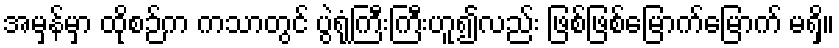
အမှန်မှာ ထိုစဉ်က ကသာတွင် ပွဲရုံကြီးကြီးဟူ၍လည်း ဖြစ်ဖြစ်မြောက်မြောက် မရှိ။